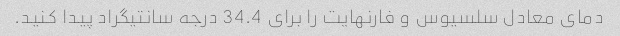
دمای معادل سلسیوس و فارنهایت را برای 34.4 درجه سانتیگراد پیدا کنید.